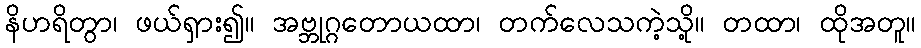
နိဟရိတွာ၊ ဖယ်ရှား၍။ အဗ္ဘုဂ္ဂတောယထာ၊ တက်လေသကဲ့သို့။ တထာ၊ ထိုအတူ။